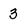
Character: 3